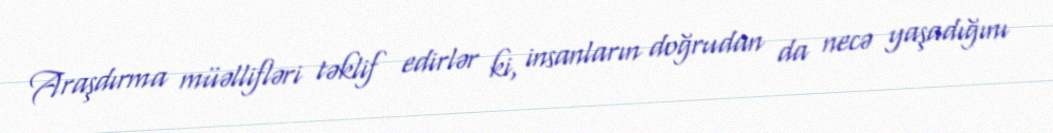
Araşdırma müəllifləri təklif edirlər ki, insanların doğrudan da necə yaşadığını